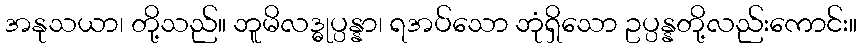
အနုသယာ၊ တို့သည်။ ဘူမိလဒ္ဓုပ္ပန္နာ၊ ရအပ်သော ဘုံရှိသော ဥပ္ပန္နတို့လည်းကောင်း။